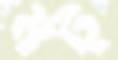
মট্‌